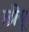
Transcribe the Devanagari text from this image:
छीयू